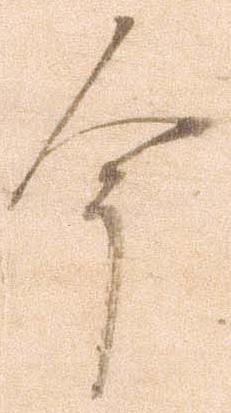
今